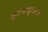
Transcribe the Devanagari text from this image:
समजासुधारक